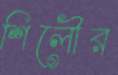
শিলৌর